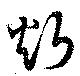
炘